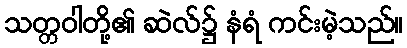
သတ္တဝါတို့၏ ဆဲလ်၌ နံရံ ကင်းမဲ့သည်။